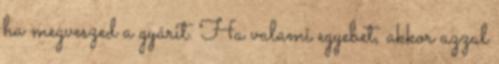
ha megveszed a gyárit. Ha valami egyebet, akkor azzal